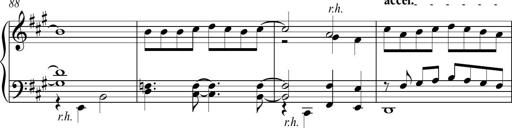
Title: Piano Sonatina in A major
Composer: Z Q Sysmoebius
Key: A major